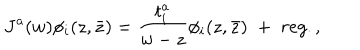
J ^ { a } ( w ) \phi _ { i } ( z , \bar { z } ) = { \frac { t _ { i } ^ { a } } { w - z } } \phi _ { i } ( z , \bar { z } ) \; + \; r e g . ,